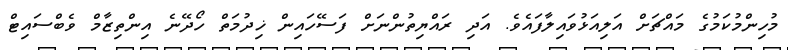
މުހިންމުކަމުގެ މައްޗަށް އަލިއަޅުވައިލާފައެވެ. އަދި ރައްޔިތުންނަށް ފަސޭހައިން ޚިދުމަތް ހޯދޭނެ އިންތިޒާމް ވެބްސައިޓް